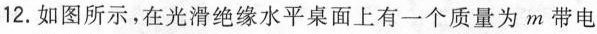
12.如图所示，在光滑绝缘水平桌面上有一个质量为m带电